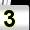
Digit: 3